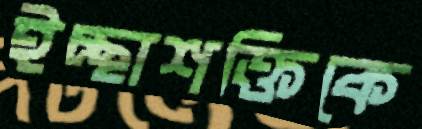
ইচ্ছাশক্তিকে